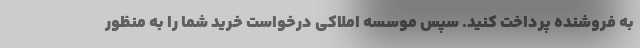
به فروشنده پرداخت کنید. سپس موسسه املاکی درخواست خرید شما را به منظور